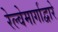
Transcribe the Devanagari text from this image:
रेल्वेमार्गाद्वारे